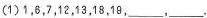
(1)1，6，7，12，13，18，19，___，___.